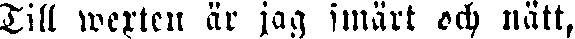
Till wexten är jag smärt och nätt,